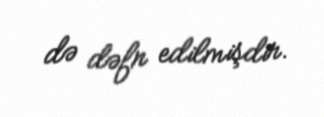
də dəfn edilmişdir.